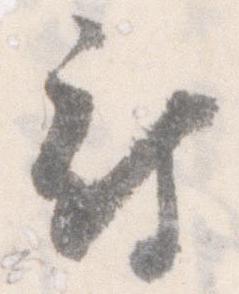
被